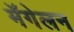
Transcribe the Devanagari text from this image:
मॅगेलन